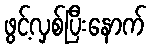
ဖွင့်လှစ်ပြီးနောက်